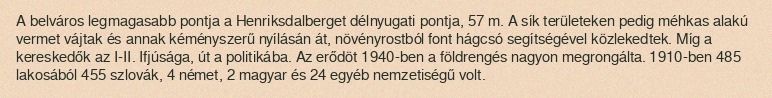
A belváros legmagasabb pontja a Henriksdalberget délnyugati pontja, 57 m. A sík területeken pedig méhkas alakú vermet vájtak és annak kéményszerű nyílásán át, növényrostból font hágcsó segítségével közlekedtek. Míg a kereskedők az I-II. Ifjúsága, út a politikába. Az erődöt 1940-ben a földrengés nagyon megrongálta. 1910-ben 485 lakosából 455 szlovák, 4 német, 2 magyar és 24 egyéb nemzetiségű volt.